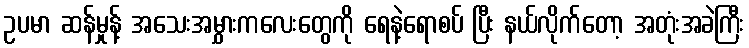
ဥပမာ ဆန်မှုန့် အသေးအမွှားကလေးတွေကို ရေနဲ့ရောစပ် ပြီး နယ်လိုက်တော့ အတုံးအခဲကြီး